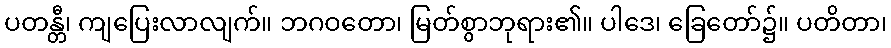
ပတန္တီ၊ ကျပြေးလာလျက်။ ဘဂဝတော၊ မြတ်စွာဘုရား၏။ ပါဒေ၊ ခြေတော်၌။ ပတိတာ၊